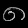
Digit: ၈